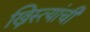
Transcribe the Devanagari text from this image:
ख्रिस्त्यांची